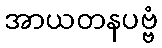
အာယတနပဗ္ဗံ